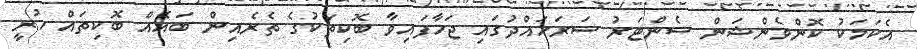
އެކަމަކު ކޮންވެންޝަން ސެންޓަރު ސަރަހައްދުގައި ޖަހާފައިވާ ބޮކިތަކުގެ ތެރެއިން ބައެއް ބޮކިތައް ހުރީ